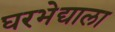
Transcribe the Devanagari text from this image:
घरभेद्याला